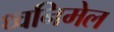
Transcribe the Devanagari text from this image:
ध्वनिमेल